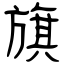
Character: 旗